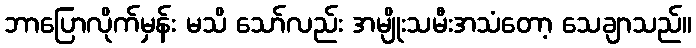
ဘာပြောလိုက်မှန်း မသိ သော်လည်း အမျိုးသမီးအသံတော့ သေချာသည်။